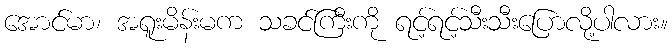
အောင်မာ၊ အရူးမိန်းမက သခင်ကြီးကို ရင့်ရင့်သီးသီးပြောလို့ပါလား။